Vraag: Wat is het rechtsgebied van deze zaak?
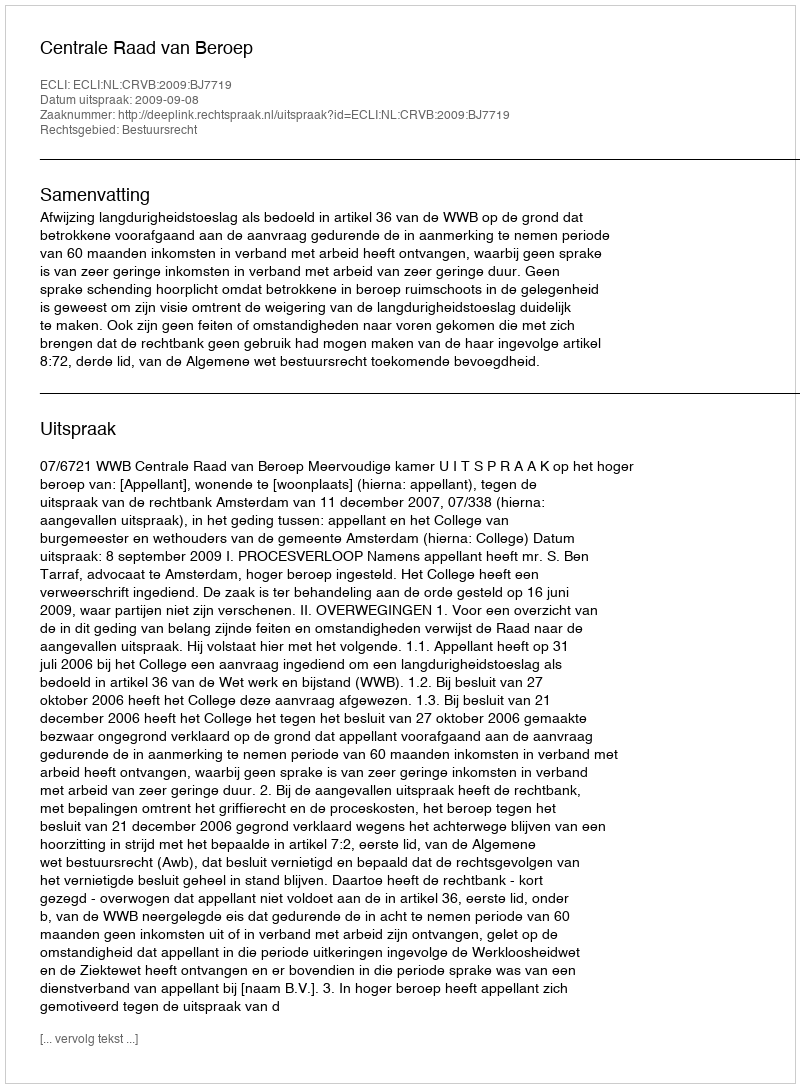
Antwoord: Bestuursrecht